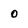
Character: 0